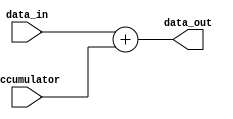
module pipeline_accumulator (
    input wire [7:0] data_in,
    input wire [7:0] accumulator,
    output wire [7:0] data_out
);

reg [7:0] result;

always @* begin
    // Perform addition operation
    result = data_in + accumulator;
end

assign data_out = result;

endmodule